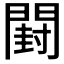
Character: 𰿣